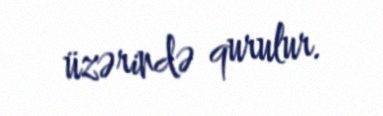
üzərində qurulur.